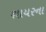
શાયરના